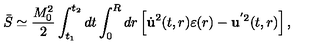
\bar { S } \simeq \frac { M _ { 0 } ^ { 2 } } { 2 } \int _ { t _ { 1 } } ^ { t _ { 2 } } d t \int _ { 0 } ^ { R } d r \left[ \dot { \bf u } ^ { 2 } ( t , r ) \varepsilon ( r ) - { \bf u } ^ { ' 2 } ( t , r ) \right] { , }